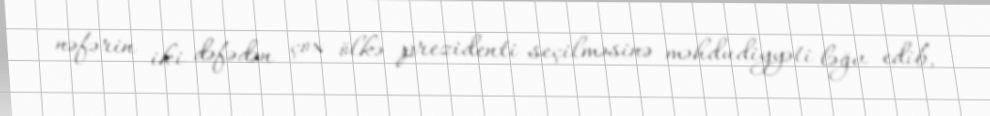
nəfərin iki dəfədən çox ölkə prezidenti seçilməsinə məhdudiyyəti ləğv edib,